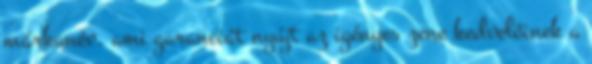
márkanév, ami garanciát nyújt az igényes zene kedvelőinek a